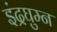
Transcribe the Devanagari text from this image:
इंद्रघुम्न